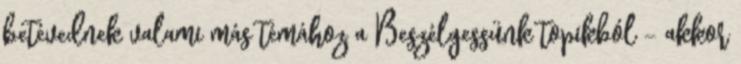
betévednek valami más témához a Beszélgessünk topikból - akkor